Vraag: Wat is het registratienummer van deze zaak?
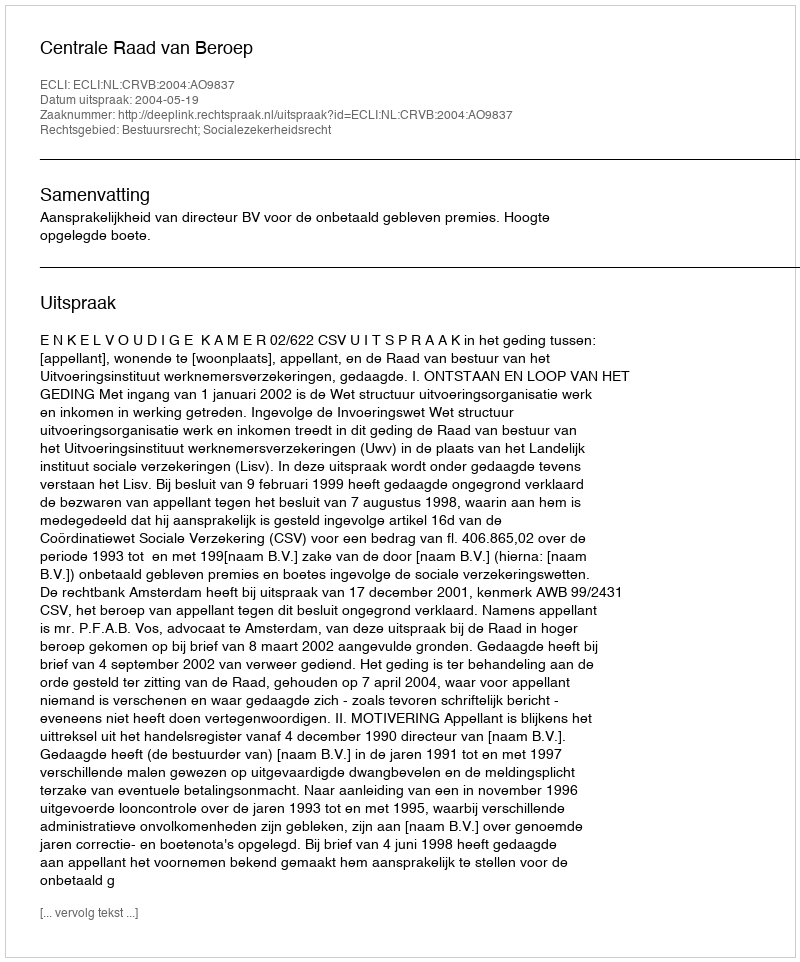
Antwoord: http://deeplink.rechtspraak.nl/uitspraak?id=ECLI:NL:CRVB:2004:AO9837